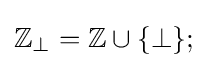
\mathbb {Z} _{\bot }=\mathbb {Z} \cup \{\bot \};